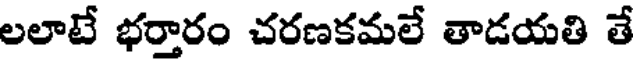
లలాటే భర్తారం చరణకమలే తాడయతి తే